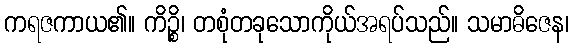
ကရဇကာယ၏။ ကိဉ္စိ၊ တစုံတခုသောကိုယ်အရပ်သည်။ သမာဓိဇေန၊